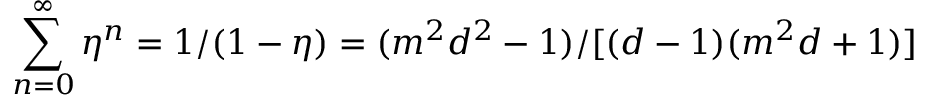
\sum _ { n = 0 } ^ { \infty } \eta ^ { n } = 1 / ( 1 - \eta ) \stackrel { } { = } ( m ^ { 2 } d ^ { 2 } - 1 ) / [ ( d - 1 ) ( m ^ { 2 } d + 1 ) ]